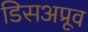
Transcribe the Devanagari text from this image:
डिसअप्रूव